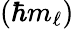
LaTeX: \left(\hbar m_{\ell}\right)